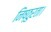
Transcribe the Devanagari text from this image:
निष्ठुरता।